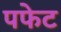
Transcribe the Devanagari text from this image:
पफेट